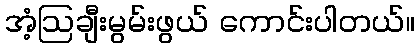
အံ့ဩချီးမွမ်းဖွယ် ကောင်းပါတယ်။